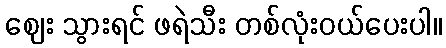
ဈေး သွားရင် ဖရဲသီး တစ်လုံးဝယ်ပေးပါ။